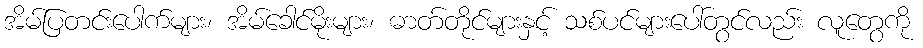
အိမ်ပြတင်းပေါက်များ၊ အိမ်ခေါင်မိုးများ၊ ဓာတ်တိုင်များနှင့် သစ်ပင်များပေါ်တွင်လည်း လူတွေကို